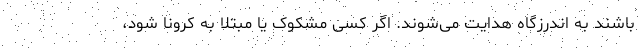
باشند به اندرزگاه هدایت می‌شوند. اگر کسی مشکوک یا مبتلا به کرونا شود،